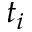
t _ { i }